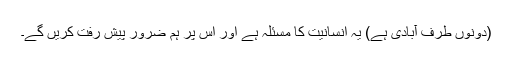
(دونوں طرف آبادی ہے) یہ انسانیت کا مسئلہ ہے اور اس پر ہم ضرور پیش رفت کریں گے۔